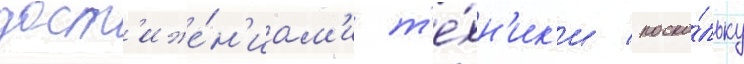
дост'иже́н'иам'и т'е́хн'ик'и / поско́льку